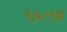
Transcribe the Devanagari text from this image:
१३५९च्या